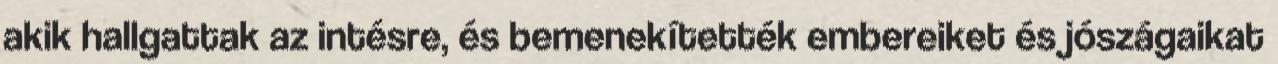
akik hallgattak az intésre, és bemenekítették embereiket és jószágaikat